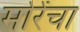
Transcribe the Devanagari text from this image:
मोरेंचा